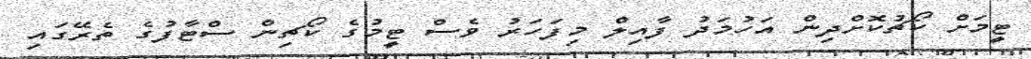
ޓީމަށް ކޯޗުކޮށްދިން އަހުމަދު ފާއިލް މިފަހަރު ވެސް ޓީމުގެ ކޯޗިން ސްޓާފުގެ ތެރޭގައި